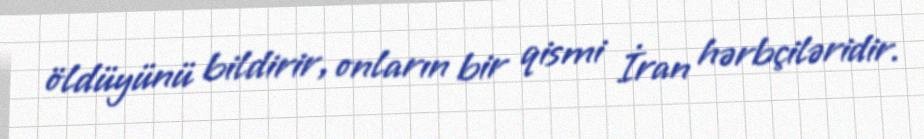
öldüyünü bildirir, onların bir qismi İran hərbçiləridir.